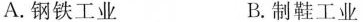
A.钢铁工业 B.制鞋工业